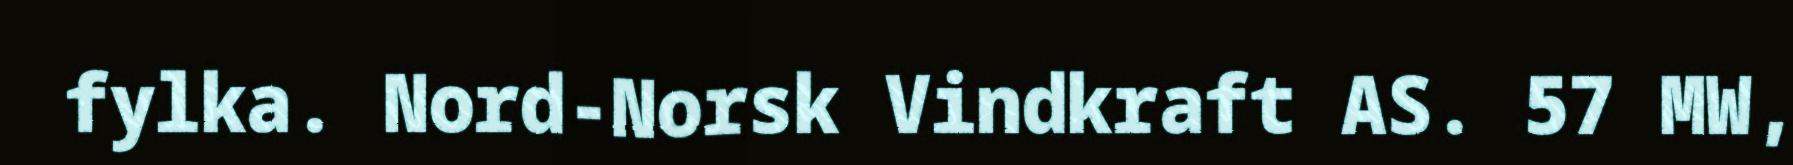
fylka. Nord-Norsk Vindkraft AS. 57 MW,